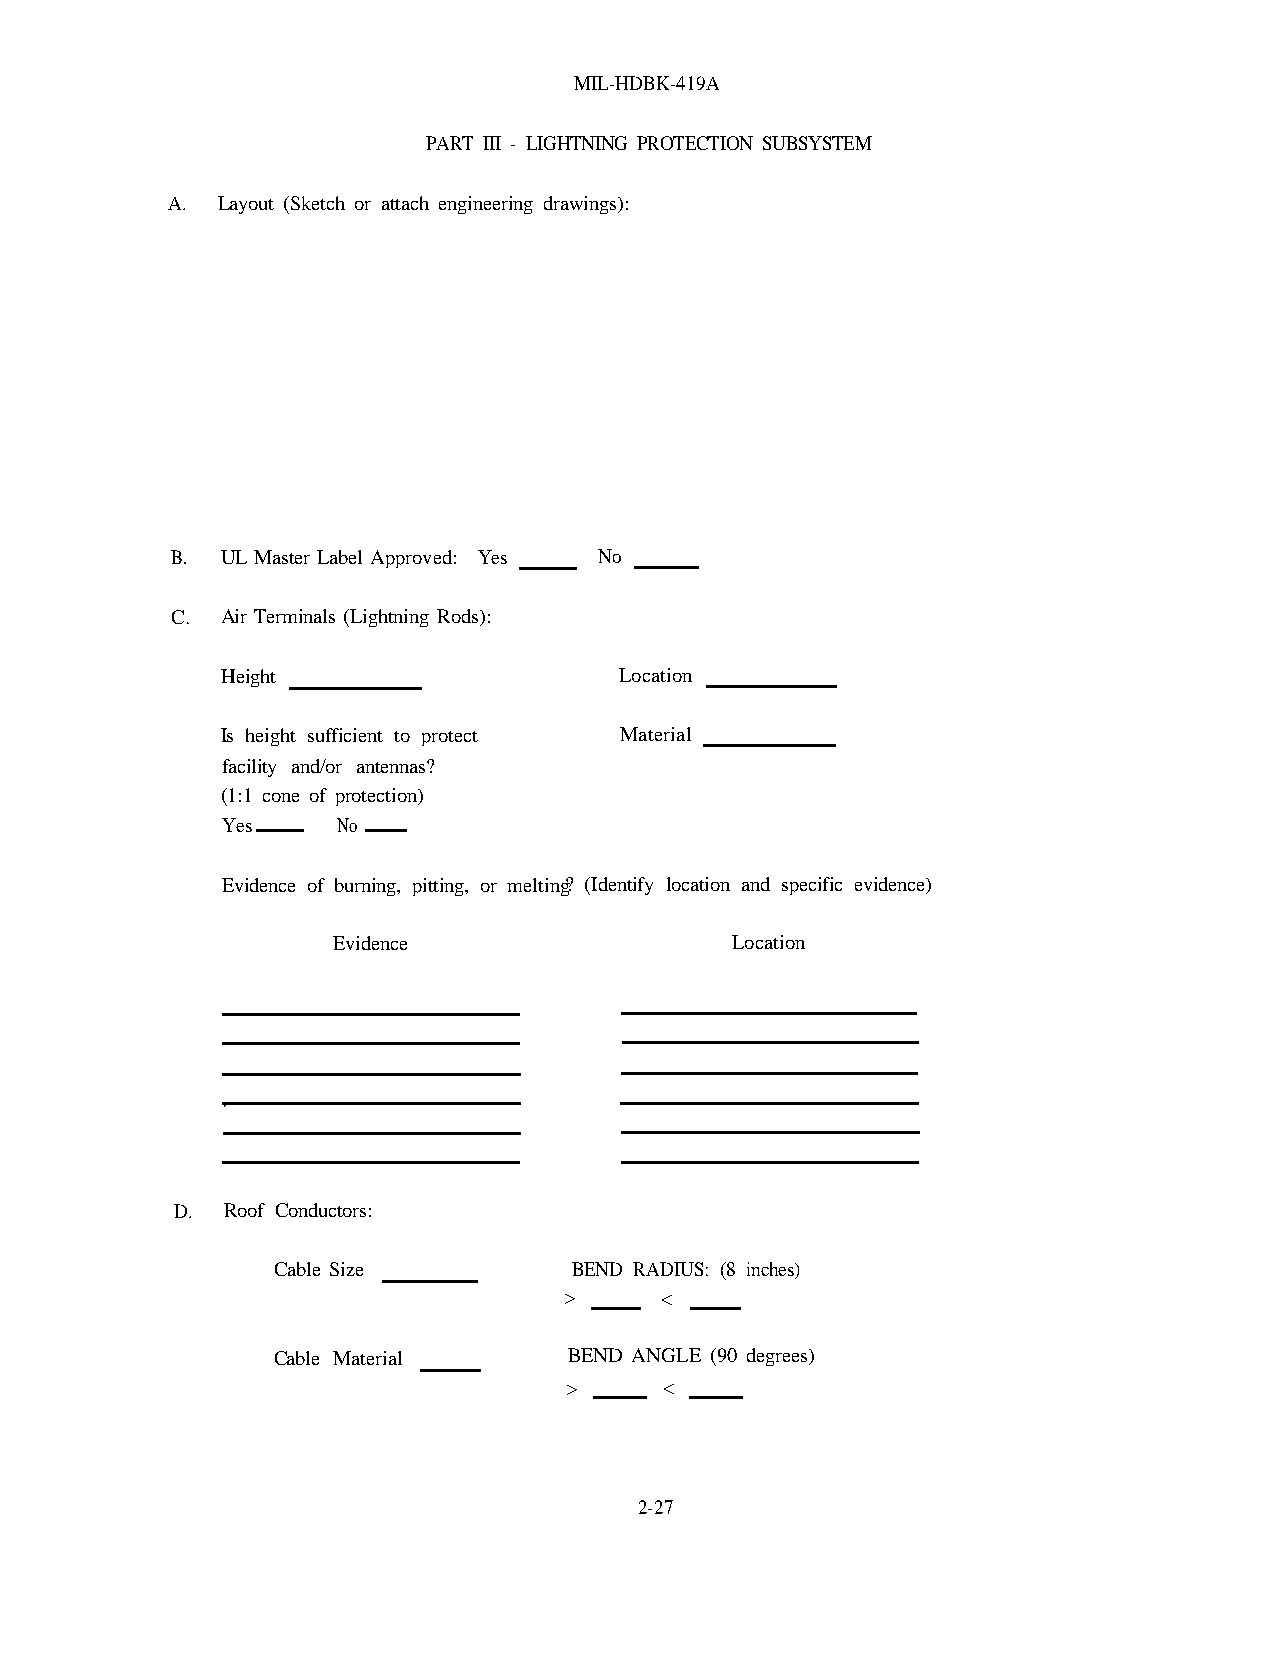
MIL-HDBK-419A
 PART III - LIGHTNING PROTECTION SUBSYSTEM
 A. Layout (Sketch or attach engineering drawings):
 B.  UL Master Label Approved: Yes No
 C.  Air Terminals (Lightning Rods):
 Height                    Location
 Is height sufficient to protect Material
 facility and/or antennas?
 (1:1 cone of protection)
 Yes    No
 Evidence of burning, pitting, or melting? (Identify location and specific evidence)
 Evidence                  Location
 D.  Roof Conductors:
 Cable Size          BEND RADIUS: (8 inches)
 >      <
 Cable Material      BEND ANGLE (90 degrees)
 >      <
 2-27